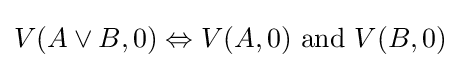
V(A\lor B,0)\Leftrightarrow V(A,0){\text{ and }}V(B,0)